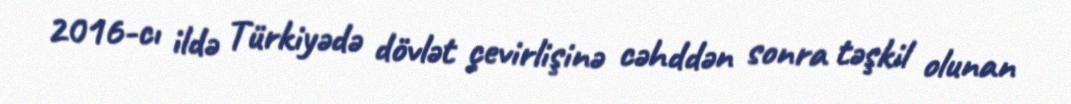
2016-cı ildə Türkiyədə dövlət çevirlişinə cəhddən sonra təşkil olunan